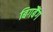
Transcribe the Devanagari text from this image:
बिगबैंग